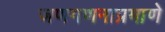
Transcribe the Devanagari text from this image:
जणगणनाप्रमाणे